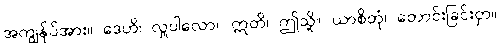
အကျွန်ုပ်အား။ ဒေဟိ၊ လှူပါလော။ ဣတိ၊ ဤသို့။ ယာစိတုံ၊ တောင်းခြင်းငှာ။